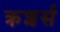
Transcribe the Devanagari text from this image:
क्रशर्स